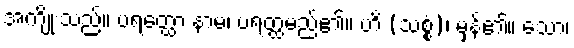
အကျိုးသည်။ ပရတ္ထော နာမ၊ ပရတ္ထမည်၏။ ဟိ (သစ္စံ)၊ မှန်၏။ သော၊